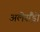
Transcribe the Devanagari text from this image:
अलेसैंड्रो